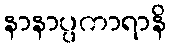
နာနာပ္ပကာရာနိ